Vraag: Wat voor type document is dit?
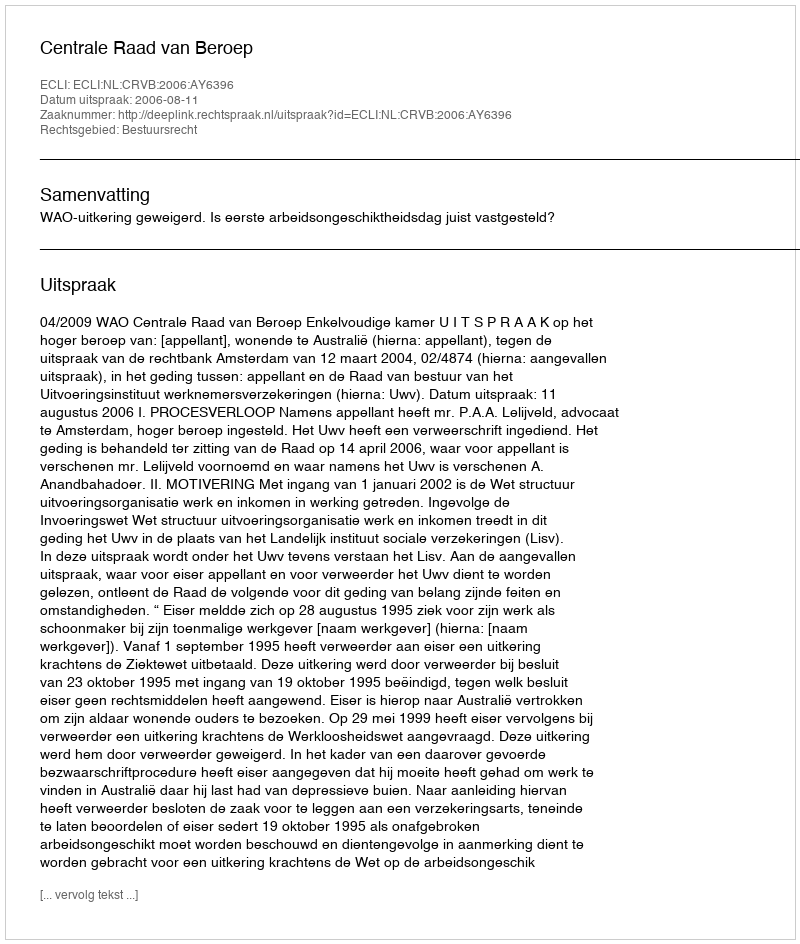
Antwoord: Uitspraak